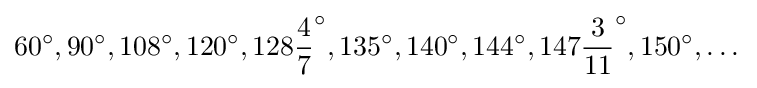
60^{\circ },90^{\circ },108^{\circ },120^{\circ },128{\frac {4}{7}}^{\circ },135^{\circ },140^{\circ },144^{\circ },147{\frac {3}{11}}^{\circ },150^{\circ },\dots